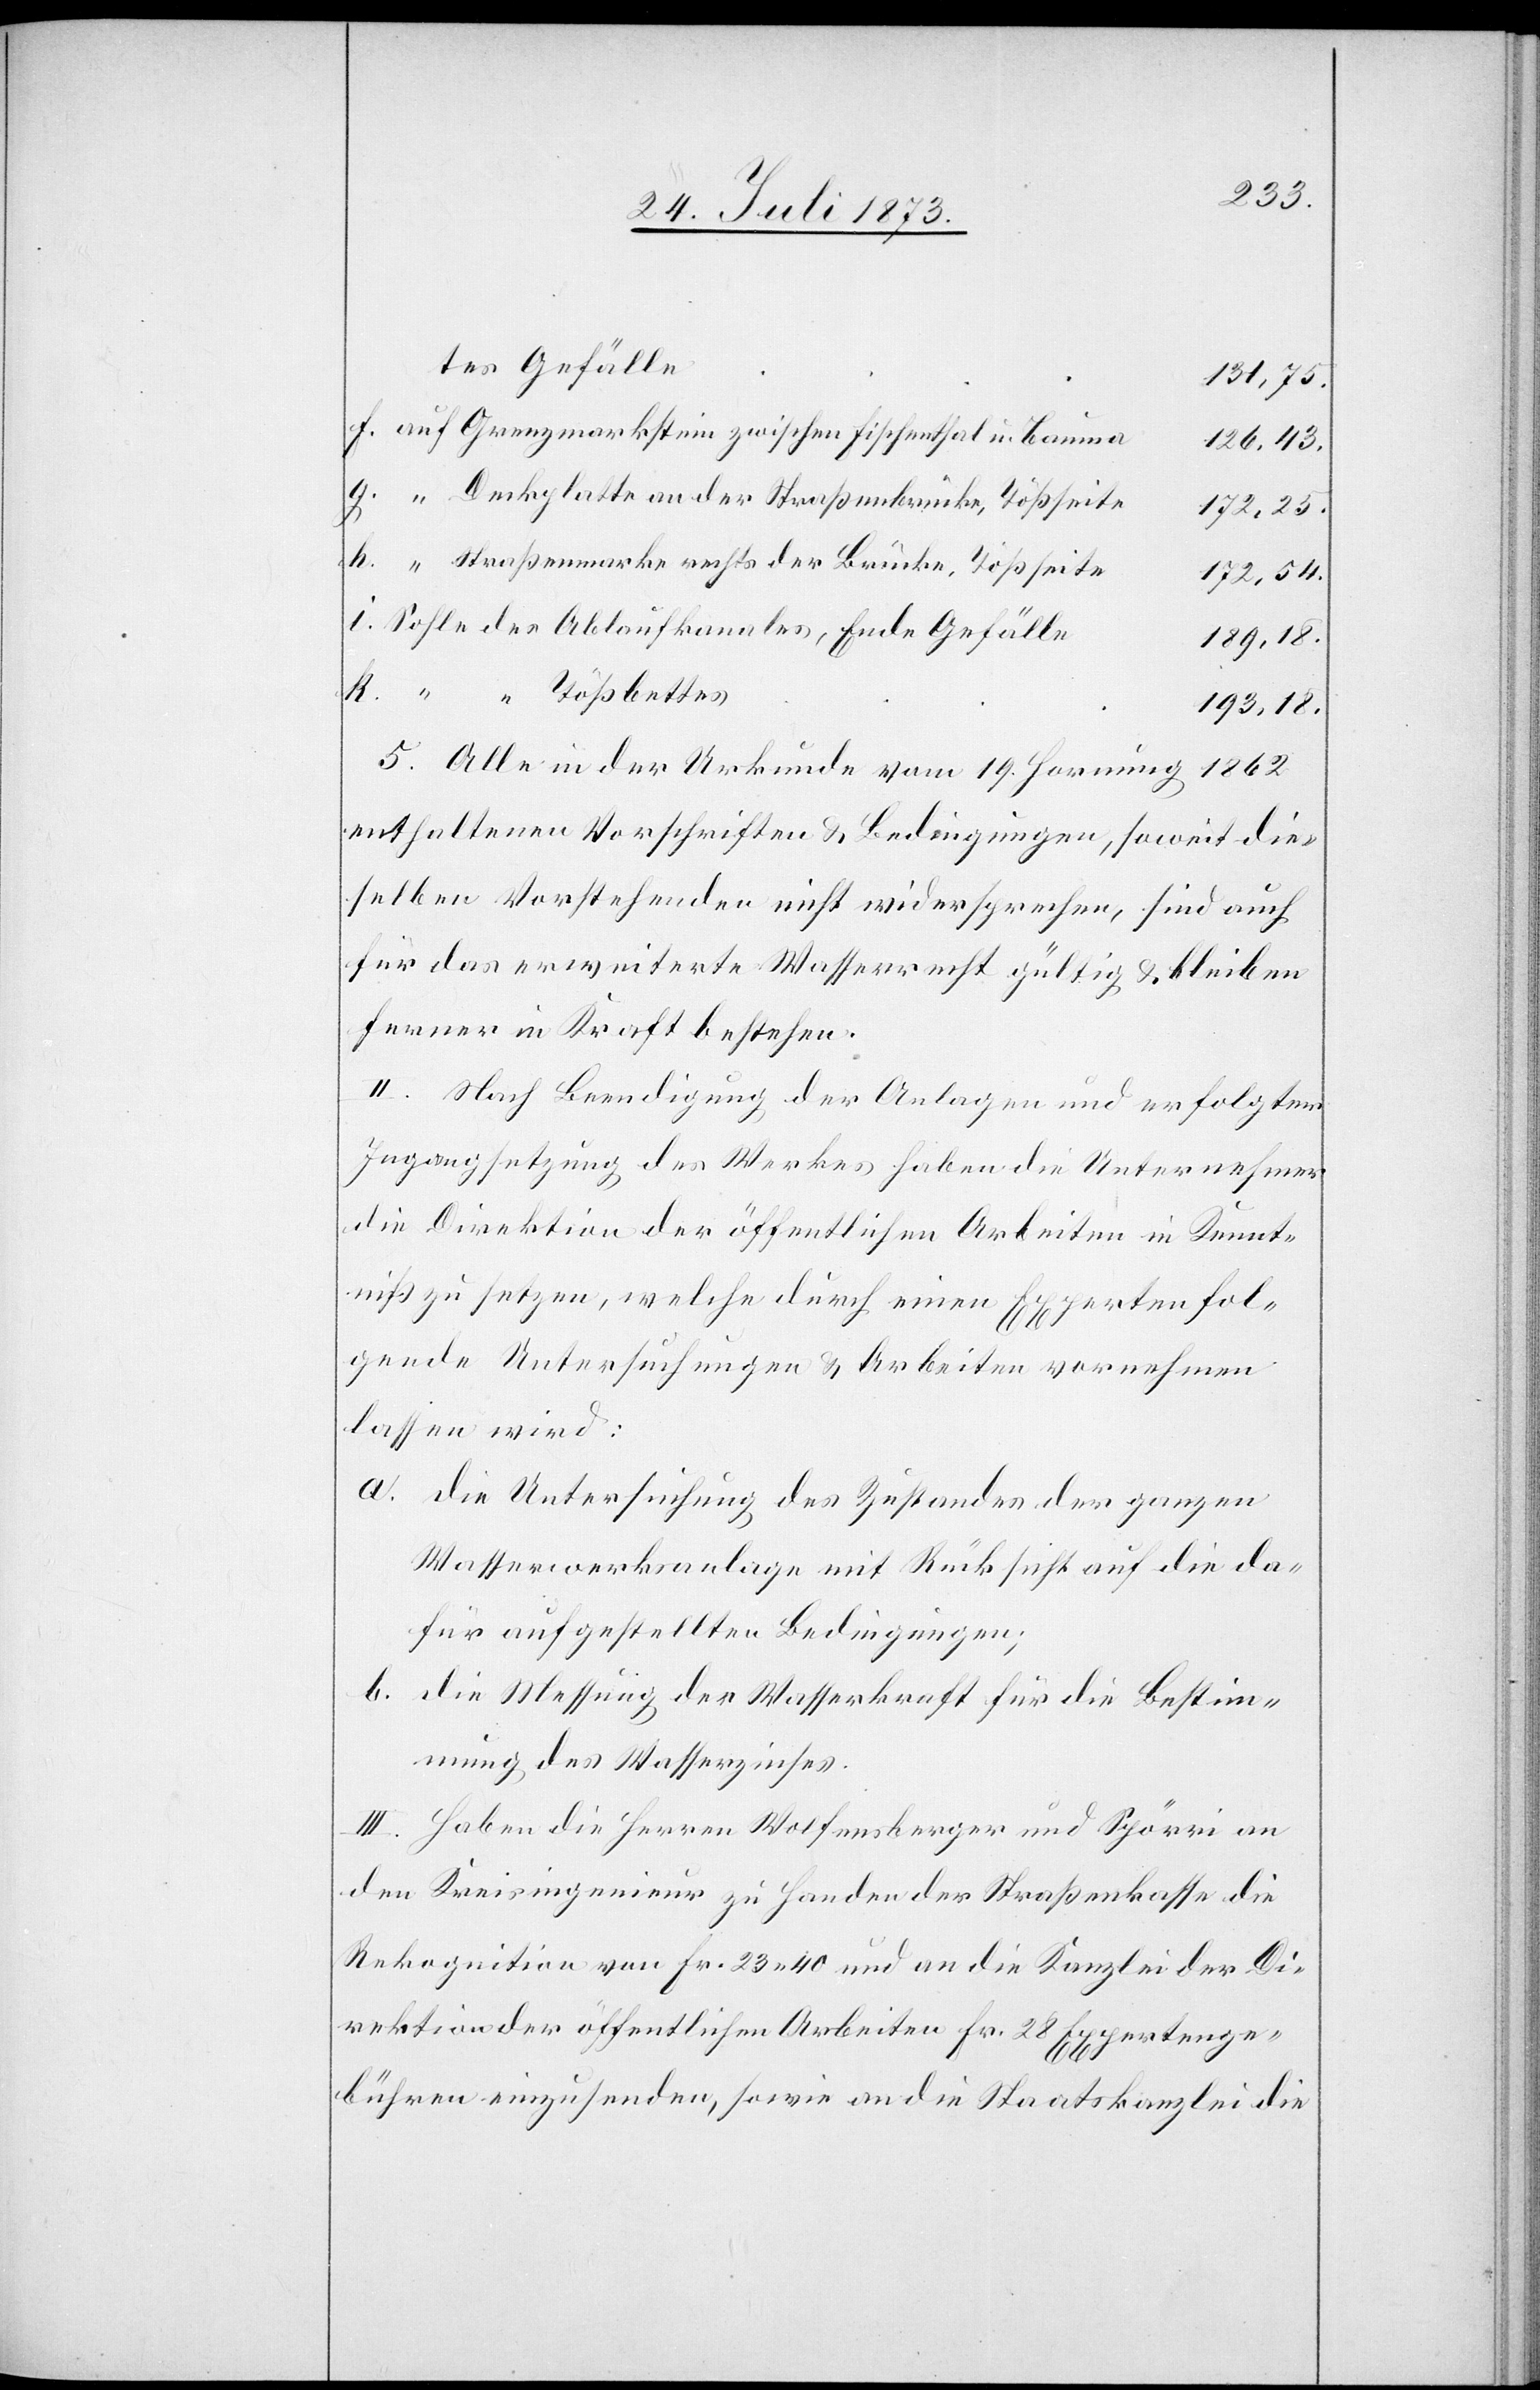
tes Gefälle
131,75.
auf Grenzmarkstein zwischen Fischenthal u. Bauma
126,43.
“ Deckplatte an der Straßenbrücke, Tößseite
172,25.
“ Straßenmarke rechts der Brücke, Tößseite
172,54.
Sohle des Ablaufkanales, Ende Gefälle
189,18.
193,18.
5. Alle in der Urkunde vom 19. Hornung 1862
enthaltenen Vorschriften & Bedingungen, soweit die¬
selben Vorstehenden nicht widersprechen, sind auch
für das erweiterte Wasserrecht gültig & bleiben
ferner in Kraft bestehen.
II. Nach Beendigung der Anlagen und erfolgter
Ingangsetzung des Werkes haben die Unternehmer
die Direktion der öffentlichen Arbeiten in Kennt¬
niß zu setzen, welche durch einen Experten fol¬
gende Untersuchungen & Arbeiten vornehmen
lassen wird:
a. die Untersuchung des Zustandes der ganzen
Wasserwerksanlage mit Rücksicht auf die da¬
für aufgestellten Bedingungen;
b. die Messung der Wasserkraft für die Bestim¬
mung des Wasserzinses.
III. Haben die Herren Wolfensberger und Spörri an
den Kreisingenieur zu Handen der Straßenkasse die
Rekognition von Fr. 23 40 und an die Kanzlei der Di¬
rektion der öffentlichen Arbeiten Fr. 28 Expertenge¬
bühren einzusenden, sowie an die Staatskanzlei die